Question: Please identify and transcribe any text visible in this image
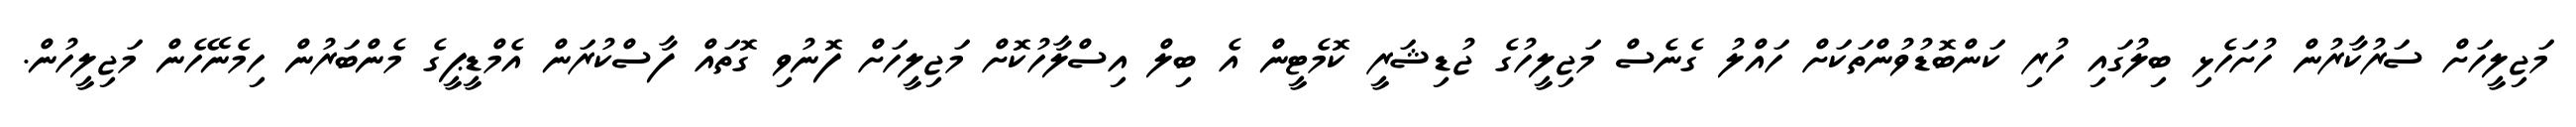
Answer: މަޖިލީހަށް ސަރުކާރުން ހުށަހެޅި ބިލުގައި ހުރި ކަންބޮޑުވުންތަކަށް ހައްލު ގެނެސް މަޖިލީހުގެ ޖުޑިޝަރީ ކޮމެޓީން އެ ބިލް އިސްލާހުކޮށް މަޖިލީހަށް ފޮނުވި ގޮތައް ފާސްކުރަން އެމްޑީޕީގެ މެންބަރުން ހިމެނޭހެން މަޖިލީހުން.